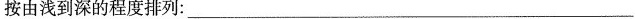
按由浅到深的程度排列：___